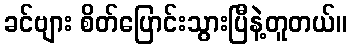
ခင်ဗျား စိတ်ပြောင်းသွားပြီနဲ့တူတယ်။